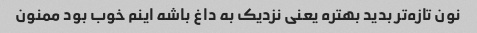
نون تازه‌تر بدید بهتره یعنی نزدیک به داغ باشه اینم خوب بود ممنون